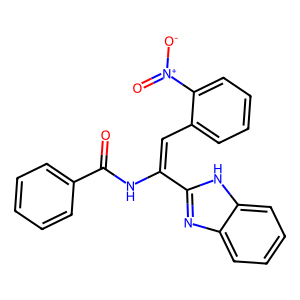
SMILES: O=C(NC(=Cc1ccccc1[N+](=O)[O-])c1nc2ccccc2[nH]1)c1ccccc1
Inhibits HIV replication: No